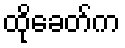
ထိုခေတ်က